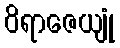
ဝိရာဇေယျုံ